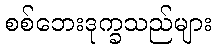
စစ်ဘေးဒုက္ခသည်များ